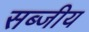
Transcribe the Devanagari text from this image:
सब्जीय